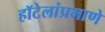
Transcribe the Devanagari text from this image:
हॉटेलांप्रमाणे